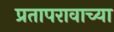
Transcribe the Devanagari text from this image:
प्रतापरावाच्या